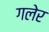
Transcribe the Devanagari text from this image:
गलेर